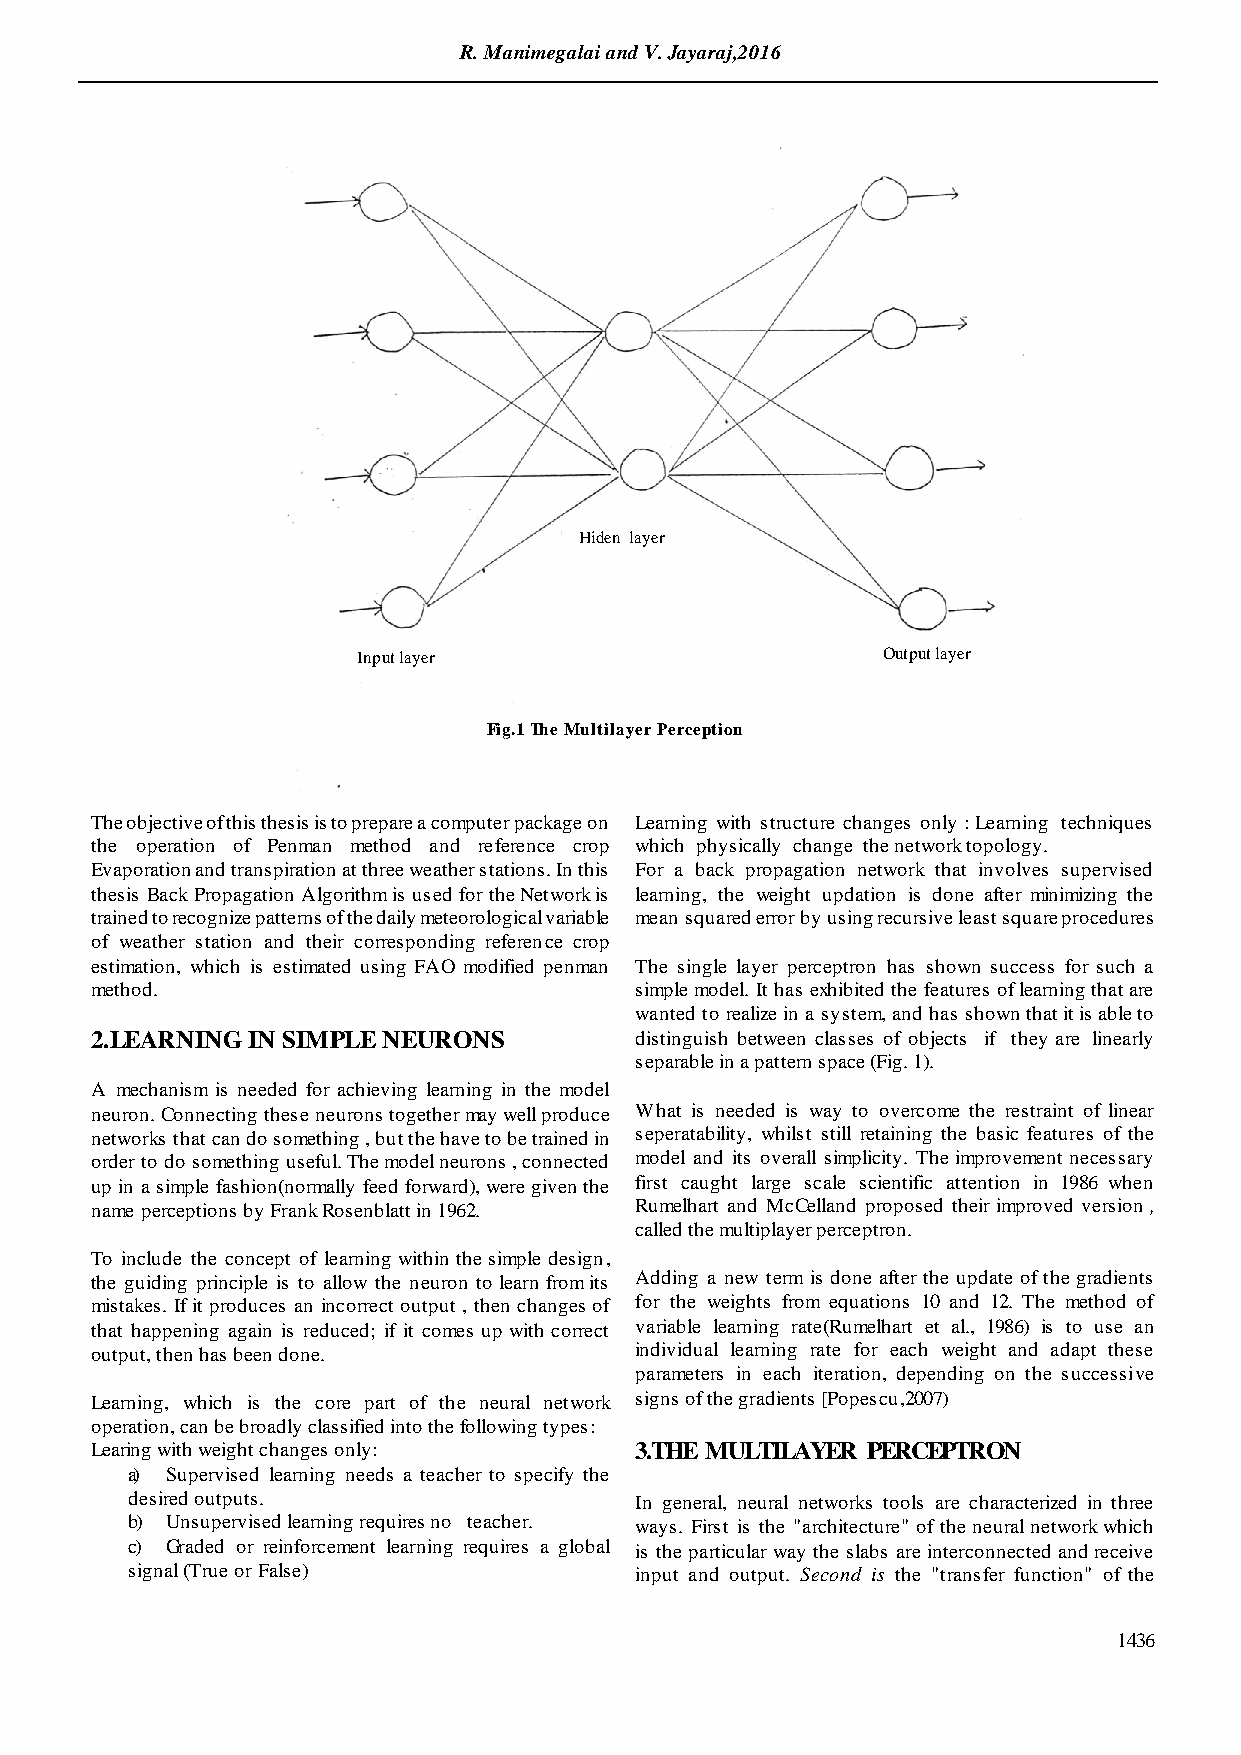
R. Manimegalai and V. Jayaraj,2016
 Hiden la yer
 Input layer                       Output layer
 Fig.1 The Multilaye r Perception
 The objective of this thesis is to prepare a computer package on Learning with structure changes only : Learning techniques
 the operation of Penman method and reference crop which physically change the network topology.
 Evaporation and transpiration at three weather stations. In this For a back propagation network that involves supervised
 thesis Back Propagation Algorithm is used for the Network is learning, the weight updation is done after minimizing the
 trained to recognize patterns of the daily meteorological variable mean squared error by using recursive least square procedures
 of weather station and their corresponding reference crop
 estimation, which is estimated using FAO modified penman The single layer perceptron has shown success for such a
 method.                             simple model. It has exhibited the features of learning that are
 wanted to realize in a system, and has shown that it is able to
 2.LEARNING IN SIMPLE NEURONS        distinguish between classes of objects if they are linearly
 separable in a pattern space (Fig. 1).
 A mechanism is needed for achieving learning in the model
 neuron. Connecting these neurons together may well produce What is needed is way to overcome the restraint of linear
 networks that can do something , but the have to be trained in seperatability, whilst still retaining the basic features of the
 order to do something useful. The model neurons , connected model and its overall simplicity. The improvement necessary
 up in a simple fashion(normally feed forward), were given the first caught large scale scientific attention in 1986 when
 name perceptions by Frank Rosenblatt in 1962. Rumelhart and McCelland proposed their improved version ,
 called the multiplayer perceptron.
 To include the concept of learning within the simple design,
 the guiding principle is to allow the neuron to learn from its Adding a new term is done after the update of the gradients
 mistakes. If it produces an incorrect output , then changes of for the weights from equations 10 and 12. The method of
 that happening again is reduced; if it comes up with correct variable learning rate(Rumelhart et al., 1986) is to use an
 output, then has been done.         individual learning rate for each weight and adapt these
 parameters in each iteration, depending on the successive
 Learning, which is the core part of the neural network signs of the gradients [Popescu,2007)
 operation, can be broadly classified into the following types:
 Learing with weight changes only:   3.THE MULTILAYER PERCEPTRON
 a) Supervised learning needs a teacher to specify the
 desired outputs.                  In general, neural networks tools are characterized in three
 b) Unsupervised learning requires no teacher. ways. First is the "architecture" of the neural network which
 c) Graded or reinforcement learning requires a global is the particular way the slabs are interconnected and receive
 signal (True or False)            input and output. Second is the "transfer function" of the
 1436